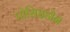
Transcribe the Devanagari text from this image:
पोसिइडोन